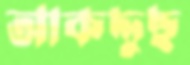
আকদ্দুছ